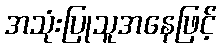
အသုံးပြုသူအနေဖြင့်